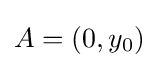
A=(0,y_{0})